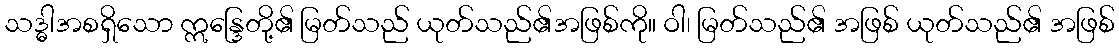
သဒ္ဓါအစရှိသော ဣန္ဒြေတို့၏ မြတ်သည် ယုတ်သည်၏အဖြစ်ကို။ ဝါ၊ မြတ်သည်၏ အဖြစ် ယုတ်သည်၏ အဖြစ်